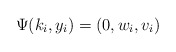
\begin{align*} \Psi(k_i,y_i) = (0 , w_i, v_i)\end{align*}